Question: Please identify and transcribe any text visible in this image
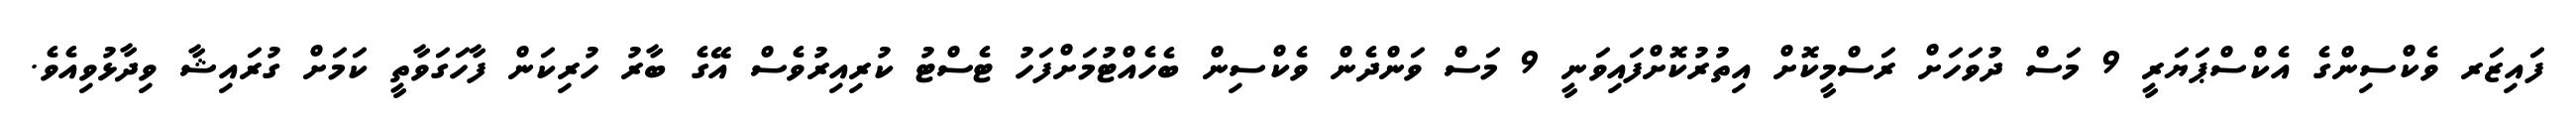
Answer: ފައިޒަރ ވެކްސިންގެ އެކްސްޕަޔަރީ 9 މަސް ދުވަހަށް ރަސްމީކޮށް އިތުރުކޮށްފައިވަނީ 9 މަސް ވަންދެން ވެކްސިން ބެހެއްޓުމަށްފަހު ޓެސްޓު ކުރިއިރުވެސް އޭގެ ބާރު ހުރިކަން ފާހަގަވާތީ ކަމަށް ގުރައިޝާ ވިދާޅުވިއެވެ.